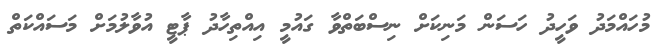
މުހައްމަދު ވަހީދު ހަސަން މަނިކަށް ނިސްބަތްވާ ގައުމީ އިއްތިހާދު ޕާޓީ އުވާލުމަށް މަސައްކަތް